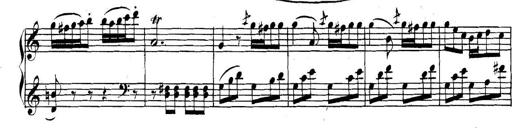
Title: Collected Piano Sonatas
Composer: Muzio Clementi